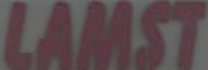
LAMST